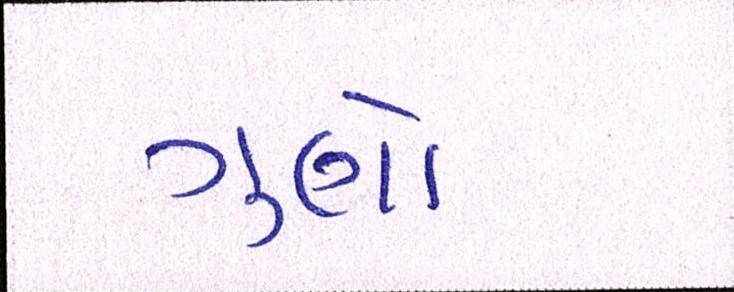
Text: ગુણો